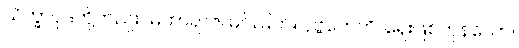
သိက္ခာပုဒ်တို့တည်း။ မဟာရာဇ၊ မင်းမြတ်။ ပုဗ္ဗကေဟိ၊ ရှေးဖြစ်ကုန်သော။